Lock hospitals Punjab
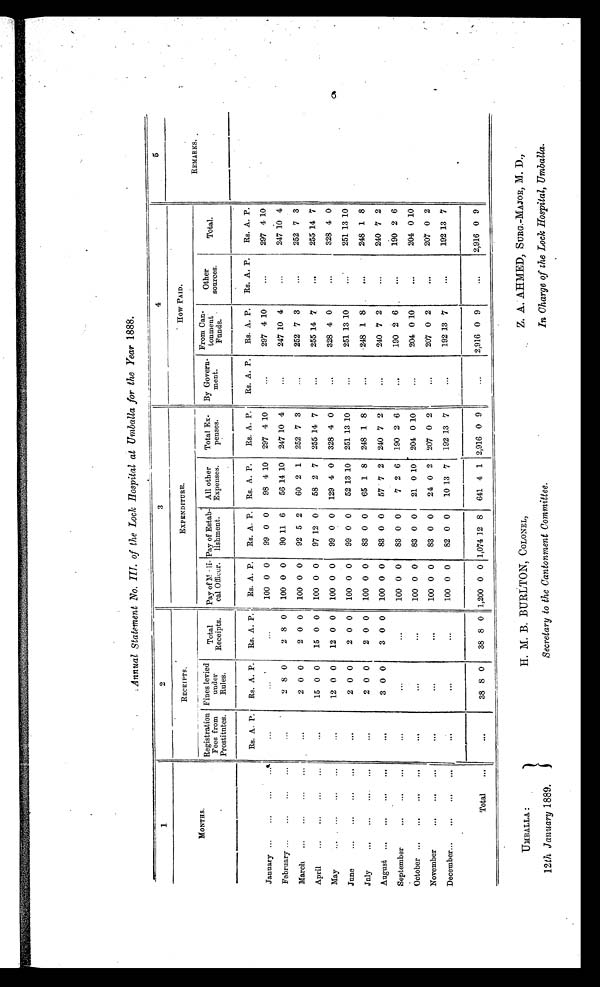
UMBALLA :
12th January 1889.
H. M. B. BURLTON. COLONEL.
Secretary to the Cantonment Committee.
Z. A. AHMED, SURG.-MAJOR, M. D..
In Charge of the Lock Hospital. Umballa.
Annual Statement No. III. of the Lock Hospitals at Umballa for the Year 1888.
1
2
3
4
5
MONTHS.
RECEIPTS.
EXPENDITURE.
How PAID.
REMARKS..
Registration
Fees from
Prostitutes.
Fines levied
under
Rules.
Total
Receipts.
Pay of
Medical Officer.
Pay of Estab-
lishment.
All other
Expenses.
Total Ex-
p e n s e s .
By Govern-
ment.
From Can-
t onment
Funds.
Other
sources.
Total.
Rs. A. P.
Rs. A. P. Rs. A. P.
Rs. A. P.
Rs. A. P. Rs. A. P.
Rs. A. P.
Rs. A. P. Rs. A. P. Rs. A. P.
Rs. A. P.
January ...
...
...
...
...
...
...
1 100 0 0
99 0 0
98 4 10 297 4 10
...
297 4 10
...
297 4 10
February ...
...
...
. . .
. . .
2 8 0
2 8 0
100 0 0
90 11 6
56 14 10 247 10 4
...
247 10 4
...
247 10 4
March ...
...
. . .
. . .
. . .
2 0 0
2 0 0
100 0 0
92 5 2
60 2 1 252 7 3
...
252 7 3
...
252 7 3
April
...
...
...
..
...
15 0 0
15 0 0
100 0 0
97 12 0
58 2 7 255 14 7
...
255 14 7
. . .
255 14 7
May. . .
. . .
...
. . .
...
12 0 0
12 0 0
100 0 0
99 0 0 129 4 0 328 4 0
...
328 4 0
...
328 4 0
June
...
...
. . . ...
...
2 0 0
2 0 0
100 0 0
99 0 0
52 13 10 251 13 10
...
251 13 10
. . .
251 13 10
July...
. . .
...
. . .
. . .
2 0 0
2 0 0
100 0 0
83 0 0
65 1 8 248 1
8
. . .
248 1 8
. . .
248 1 8
August ...
. . .
...
. . .
3 0 0
3 0 0
100 0 0
83 0 0
57 7 2 240 7
2
...
240 7 2
...
240 7 2
September
. . .
. . .
. . .
. . .
. . .
. . .
100 0 0
83 0 0
7 2 6 190 2 6
...
190 2 6
...
190 2 6
October ...
. . .
. . .
. . .
...
...
...
100 0 0
83 0 0
21 0 10 204 0 10
...
204 0 10
. . .
204 0 10
November
. . .
. . .
. . .
. . .
...
...
100 0 0
83 0 0
24 0 2 207 0 2
...
207 0 2
. . .
207 0 2
Decembers..
. . .
. . . ...
. . .
...
...
100 0 0
82 0 0
10 13 7 192 13 7
...
192 13 7
...
192 13 7
Total
...
. . .
38 8 0
38 8 0 1,200 0 0 1,074 12 8 641 4 1 2,916
0 9
...
2,916 0 9
...
2,916 0 9